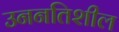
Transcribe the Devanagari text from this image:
उननतिशील